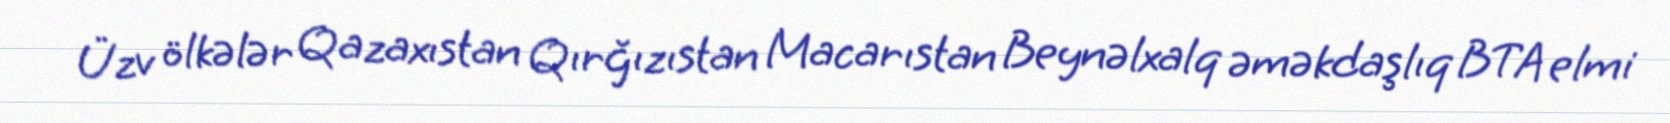
Üzv ölkələr Qazaxıstan Qırğızıstan Macarıstan Beynəlxalq əməkdaşlıq BTA elmi